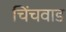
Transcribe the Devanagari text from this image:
चिंचवाड